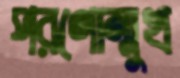
পরণোন্মুখ